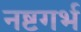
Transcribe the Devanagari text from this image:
नष्टगर्भ